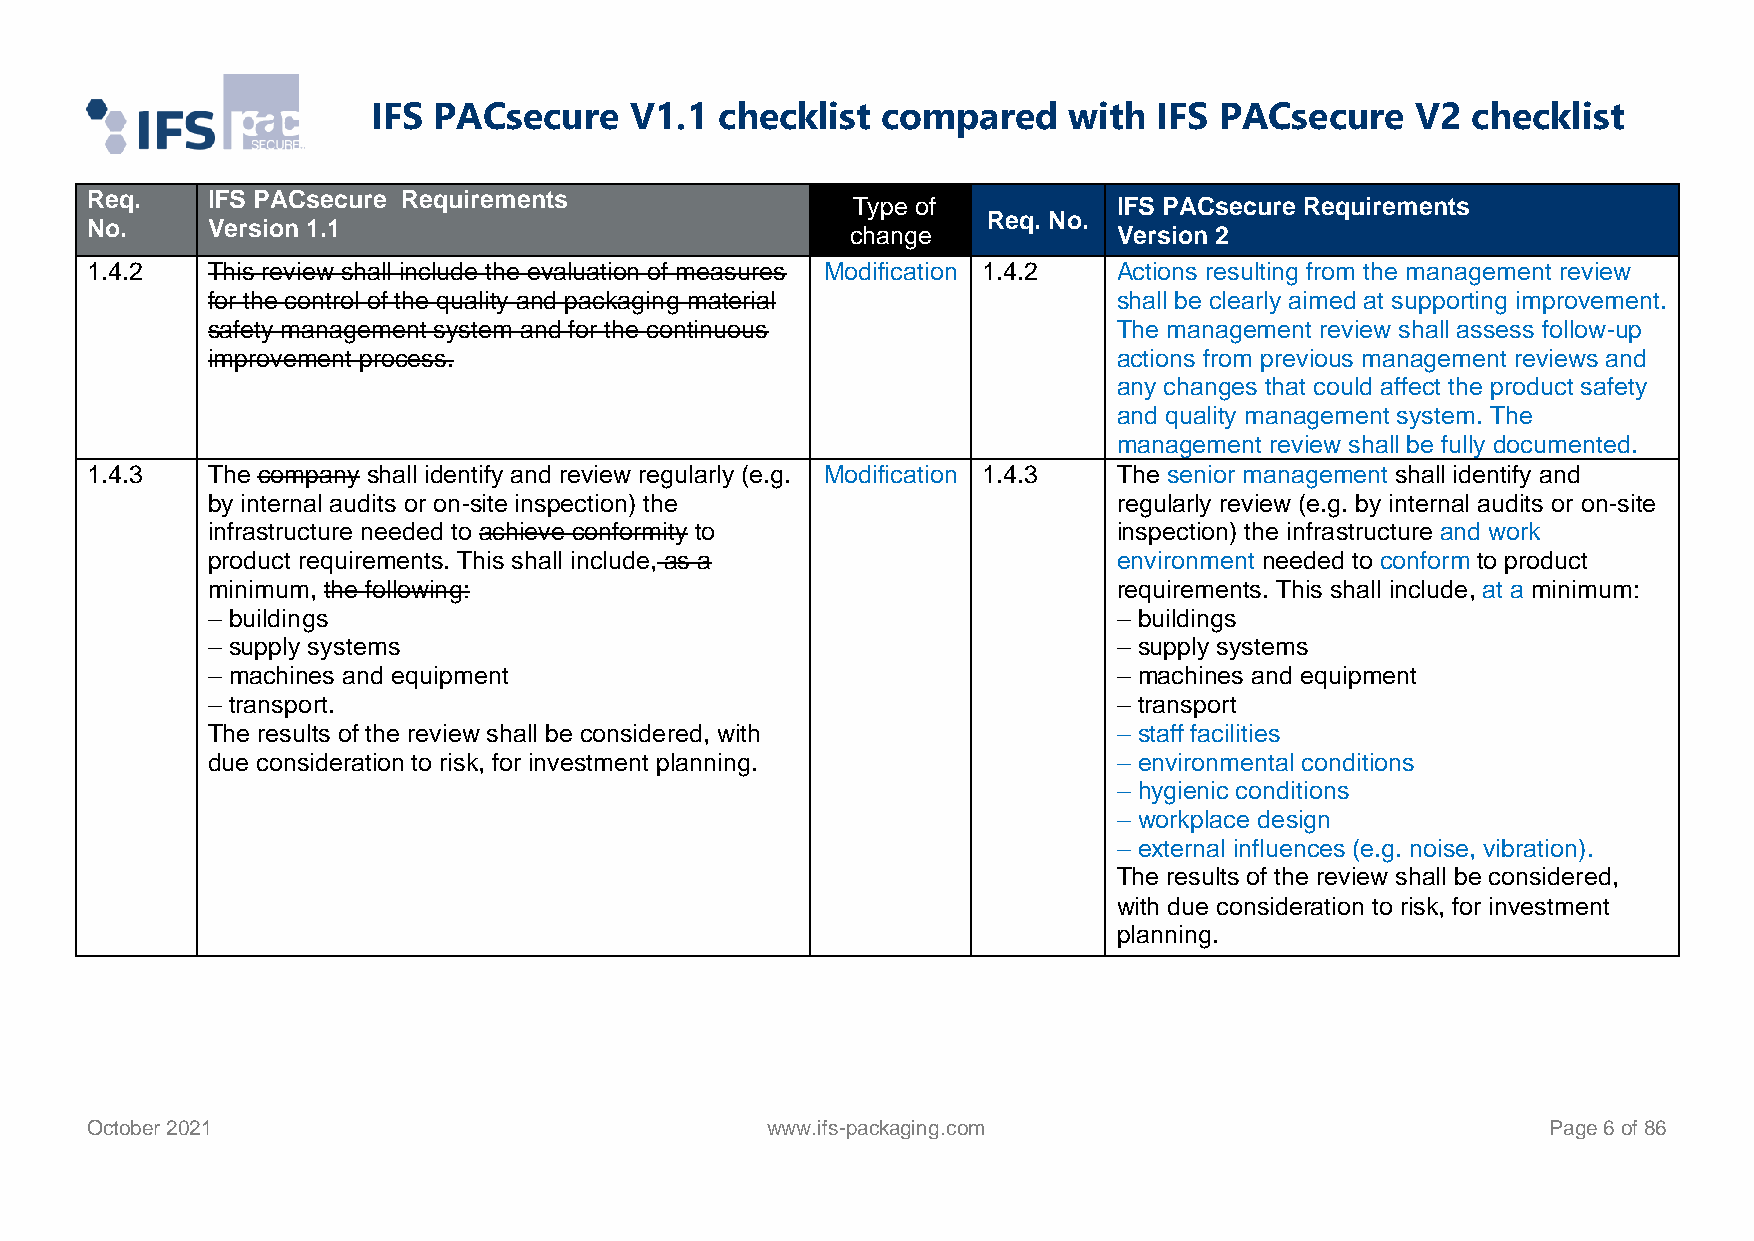
IFS PACsecure    V1.1  checklist compared     with  IFS PACsecure    V2 checklist
 Req.    IFS PACsecure Requirements
 Type of           IFS PACsecure Requirements
 Req. No.
 No.     Version 1.1                               change            Version 2
 1.4.2   This review shall include the evaluation of measures Modification 1.4.2 Actions resulting from the management review
 for the control of the quality and packaging material       shall be clearly aimed at supporting improvement.
 safety management system and for the continuous             The management review shall assess follow-up
 improvement process.                                        actions from previous management reviews and
 any changes that could affect the product safety
 and quality management system. The
 management review shall be fully documented.
 1.4.3   The company shall identify and review regularly (e.g. Modification 1.4.3 The senior management shall identify and
 by internal audits or on-site inspection) the               regularly review (e.g. by internal audits or on-site
 infrastructure needed to achieve conformity to              inspection) the infrastructure and work
 product requirements. This shall include, as a              environment needed to conform to product
 minimum, the following:                                     requirements. This shall include, at a minimum:
 – buildings                                                 – buildings
 – supply systems                                            – supply systems
 – machines and equipment                                    – machines and equipment
 – transport.                                                – transport
 The results of the review shall be considered, with         – staff facilities
 due consideration to risk, for investment planning.         – environmental conditions
 – hygienic conditions
 – workplace design
 – external influences (e.g. noise, vibration).
 The results of the review shall be considered,
 with due consideration to risk, for investment
 planning.
 October 2021                                 www.ifs-packaging.com                               Page 6 of 86